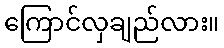
ကြောင်လှချည်လား။